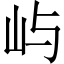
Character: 屿